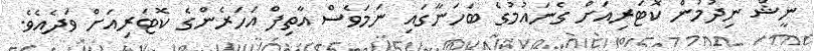
ނީޝް ނިދުމުން ކޮޓަރިއަށް ގެނައުމުގެ ބަހަނާގައި ނަމަވެސް އާތިފް އަހަރެންގެ ކޮޓަރިއަށް ވަދެއެވެ.